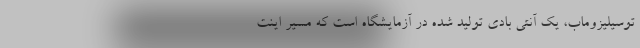
توسیلیزوماب، یک آنتی بادی تولید شده در آزمایشگاه است که مسیر اینت